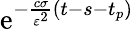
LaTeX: \mathrm{e}^{-\frac{c\sigma}{\varepsilon^{2}}(t-s-t_{p})}